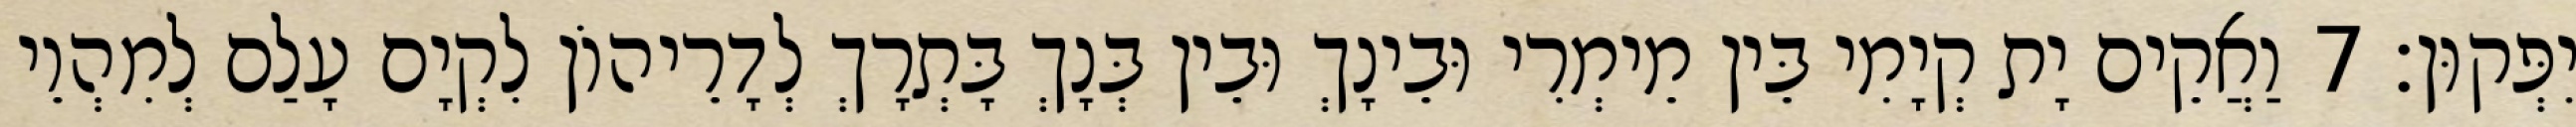
יִפְּקוּן׃ 7 וַאֲקֵים יָת קְיָמִי בֵּין מֵימְרִי וּבֵינָךְ וּבֵין בְּנָךְ בָּתְרָךְ לְדָרֵיהוֹן לִקְיָם עָלַם לְמִהְוֵי